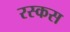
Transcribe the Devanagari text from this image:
रस्कस